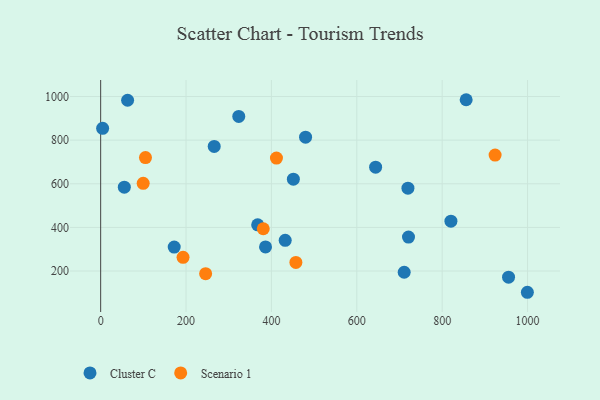
{"axis": {"x": "Experience", "y": "Demand"}, "legend": ["Cluster C", "Scenario 1"], "data": [{"x": "820.5", "y": 428.4, "type": "Cluster C"}, {"x": "856.2", "y": 985.3, "type": "Cluster C"}, {"x": "367.8", "y": 411.9, "type": "Cluster C"}, {"x": "55.4", "y": 584.3, "type": "Cluster C"}, {"x": "4.6", "y": 854.4, "type": "Cluster C"}, {"x": "719.8", "y": 579.6, "type": "Cluster C"}, {"x": "323.5", "y": 908.7, "type": "Cluster C"}, {"x": "955.5", "y": 171.7, "type": "Cluster C"}, {"x": "63.1", "y": 982.8, "type": "Cluster C"}, {"x": "266.0", "y": 771.2, "type": "Cluster C"}, {"x": "711.0", "y": 194.4, "type": "Cluster C"}, {"x": "432.3", "y": 340.7, "type": "Cluster C"}, {"x": "999.6", "y": 102.6, "type": "Cluster C"}, {"x": "172.3", "y": 310.0, "type": "Cluster C"}, {"x": "386.2", "y": 310.4, "type": "Cluster C"}, {"x": "451.4", "y": 621.1, "type": "Cluster C"}, {"x": "721.1", "y": 355.5, "type": "Cluster C"}, {"x": "480.0", "y": 813.5, "type": "Cluster C"}, {"x": "644.1", "y": 676.2, "type": "Cluster C"}, {"x": "99.6", "y": 602.0, "type": "Scenario 1"}, {"x": "411.8", "y": 717.7, "type": "Scenario 1"}, {"x": "457.3", "y": 239.3, "type": "Scenario 1"}, {"x": "380.9", "y": 393.9, "type": "Scenario 1"}, {"x": "245.9", "y": 187.8, "type": "Scenario 1"}, {"x": "193.0", "y": 262.6, "type": "Scenario 1"}, {"x": "924.0", "y": 731.4, "type": "Scenario 1"}, {"x": "105.0", "y": 720.3, "type": "Scenario 1"}]}